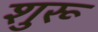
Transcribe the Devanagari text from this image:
शुरू